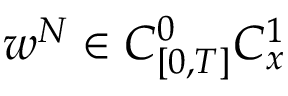
w ^ { N } \in C _ { [ 0 , T ] } ^ { 0 } C _ { x } ^ { 1 }